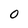
Character: 0